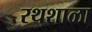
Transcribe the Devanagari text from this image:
रथशाळा